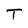
Character: T